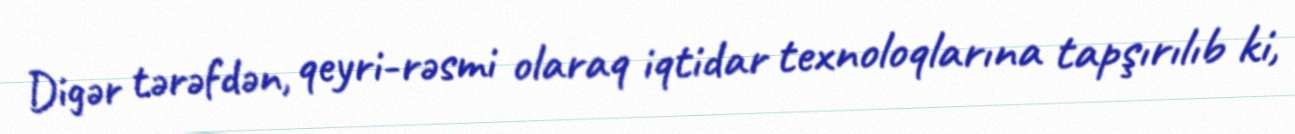
Digər tərəfdən, qeyri-rəsmi olaraq iqtidar texnoloqlarına tapşırılıb ki,